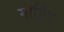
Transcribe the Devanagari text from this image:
गाब्रिए